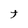
Character: t